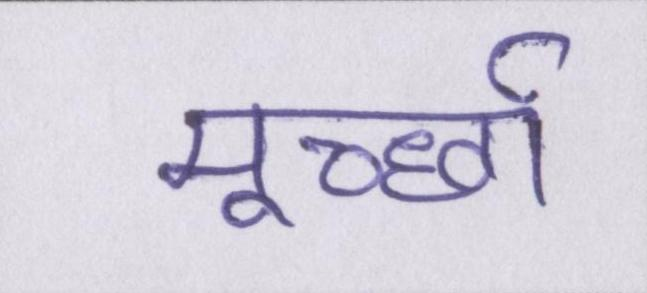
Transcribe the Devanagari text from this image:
मूर्च्छा